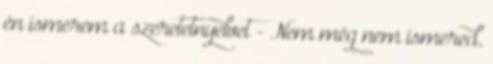
én ismerem a szeretetnyelvet - Nem még nem ismered.